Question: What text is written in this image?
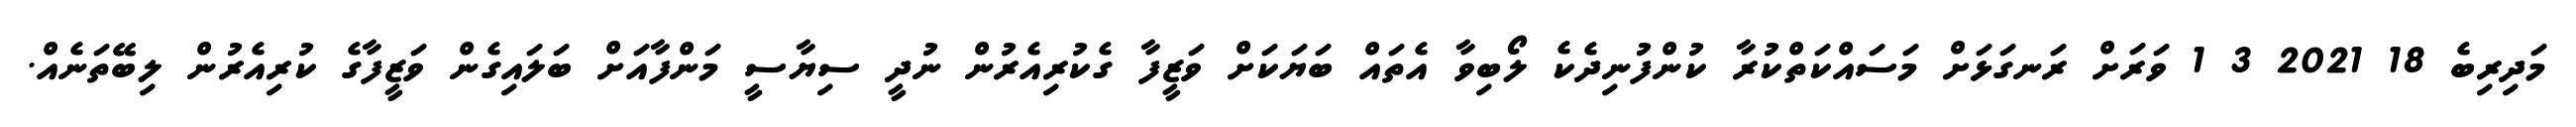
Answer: މަދިރިބެ 18 2021 3 1 ވަރަށް ރަނގަޅަށް މަސައްކަތްކުރާ ކުންފުނިދެކެ ލޯބިވާ އެތައް ބަޔަކަށް ވަޒީފާ ގެކުރިއެރުން ނުދީ ސިޔާސީ މަންފާއަށް ބަލައިގެން ވަޒީފާގެ ކުރިއެރުން ލިބޭތަނެއް.